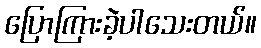
ပြောကြားခဲ့ပါသေးတယ်။